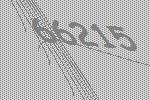
66215